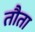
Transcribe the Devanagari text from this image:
तौता